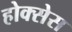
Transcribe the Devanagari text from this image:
होक्सेस